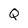
Character: Q